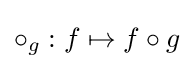
\circ _{g}:f\mapsto f\circ g